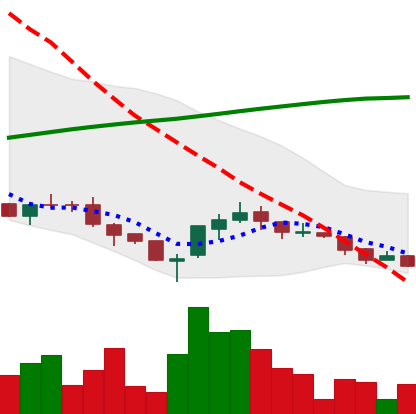
Ticker: ADA-USD
Chart end date: 2018-03-29
Forward return: 17.405%
Label: up_7plus